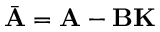
{ \bar { \mathbf { A } } } = \mathbf { A } - \mathbf { B } \mathbf { K }